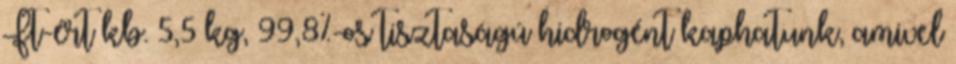
Ft-ért kb. 5,5 kg, 99,8%-os tisztaságú hidrogént kaphatunk, amivel